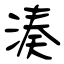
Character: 湊